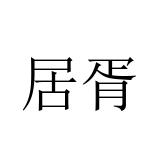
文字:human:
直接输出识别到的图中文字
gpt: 居胥